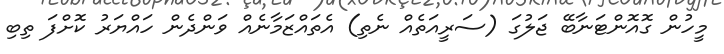
މީހުން ގޮއޮންޓަނާބޭ ޖަލުގަ (ސަރީއަތެއް ނެތި) އެތައްޒަމާނެއް ވަންދެން ހައްޔަރު ކޮށްފަ ތިބި